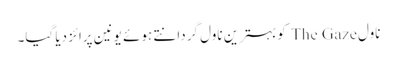
ناول The Gaze کوبہترین ناول گردانتے ہوئے یونین پرائز دیا گیا۔